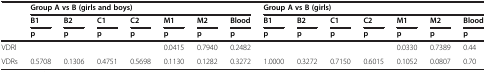
<table><thead><tr><td rowspan="3"><b> </b></td><td colspan="7"><b>Group A vs B (girls and boys)</b></td><td colspan="7"><b>Group A vs B (girls)</b></td></tr><tr><td><b>B1</b></td><td><b>B2</b></td><td><b>C1</b></td><td><b>C2</b></td><td><b>M1</b></td><td><b>M2</b></td><td><b>Blood</b></td><td><b>B1</b></td><td><b>B2</b></td><td><b>C1</b></td><td><b>C2</b></td><td><b>M1</b></td><td><b>M2</b></td><td><b>Blood</b></td></tr><tr><td><b>p</b></td><td><b>p</b></td><td><b>p</b></td><td><b>p</b></td><td><b>p</b></td><td><b>p</b></td><td><b>p</b></td><td><b>p</b></td><td><b>p</b></td><td><b>p</b></td><td><b>p</b></td><td><b>p</b></td><td><b>p</b></td><td><b>p</b></td></tr></thead><tbody><tr><td>VDRl</td><td> </td><td> </td><td> </td><td> </td><td>0.0415</td><td>0.7940</td><td>0.2482</td><td> </td><td> </td><td> </td><td> </td><td>0.0330</td><td>0.7389</td><td>0.44</td></tr><tr><td>VDRs</td><td>0.5708</td><td>0.1306</td><td>0.4751</td><td>0.5698</td><td>0.1130</td><td>0.1282</td><td>0.3272</td><td>1.0000</td><td>0.3272</td><td>0.7150</td><td>0.6015</td><td>0.1052</td><td>0.0807</td><td>0.70</td></tr></tbody></table>